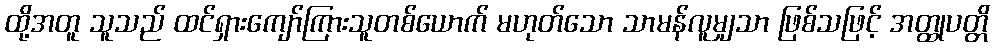
ထို့အတူ သူသည် ထင်ရှားကျော်ကြားသူတစ်ယောက် မဟုတ်သော သာမန်လူမျှသာ ဖြစ်သဖြင့် အတ္ထုပတ္တိ